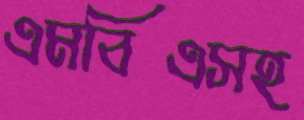
এমবিএসহ